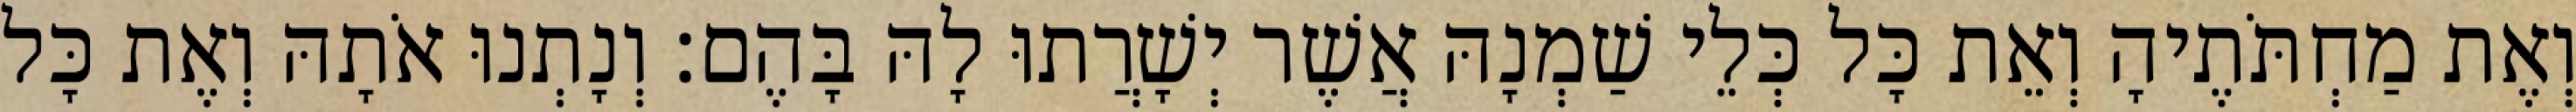
וְאֶת מַחְתֹּתֶיהָ וְאֵת כָּל כְּלֵי שַׁמְנָהּ אֲשֶׁר יְשָׁרֲתוּ לָהּ בָּהֶם׃ וְנָתְנוּ אֹתָהּ וְאֶת כָּל